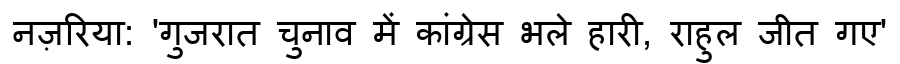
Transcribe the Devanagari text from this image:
नज़रिया: 'गुजरात चुनाव में कांग्रेस भले हारी, राहुल जीत गए'